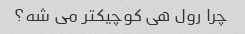
چرا رول هى کوچیکتر مى شه؟